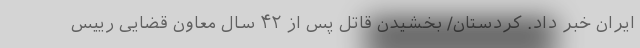
ایران خبر داد. کردستان/ بخشیدن قاتل پس از ۴۲ سال معاون قضایی رییس